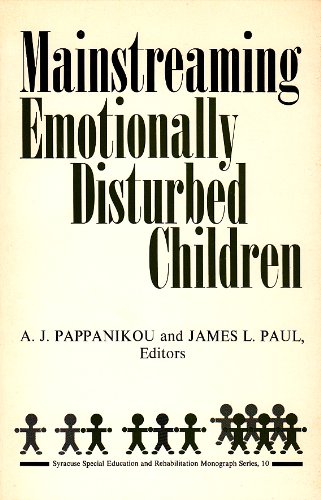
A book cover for Mainstreaming Emotionally Disturbed Children (Special Education & Rehabilitation Monograph Series); Health, Fitness & Dieting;